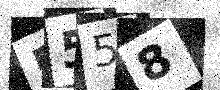
Text: 5558